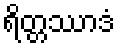
ရိတ္တဿာဒံ